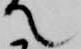
て